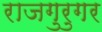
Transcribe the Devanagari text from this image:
राजगुरुगर